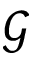
\mathcal { G }